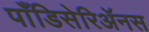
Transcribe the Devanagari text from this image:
पाँडिसेरिॲनस